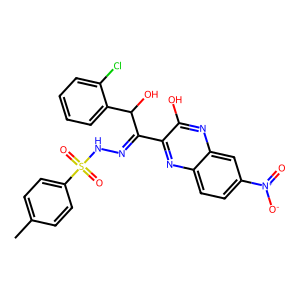
SMILES: Cc1ccc(S(=O)(=O)NN=C(c2nc3ccc([N+](=O)[O-])cc3nc2O)C(O)c2ccccc2Cl)cc1
Inhibits HIV replication: No